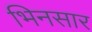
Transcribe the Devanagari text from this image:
भिनसार